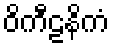
ဝိကီဠနိကံ